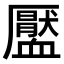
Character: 𧗖